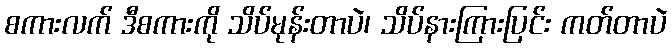
စကားလက် ဒီစကားကို သိပ်မုန်းတာပဲ၊ သိပ်နားကြားပြင်း ကတ်တာပဲ